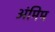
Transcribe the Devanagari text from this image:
अंमिम